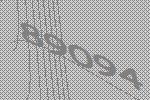
89094